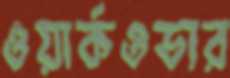
ওয়ার্কওভার